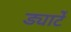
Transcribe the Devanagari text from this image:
ड्यार्टे